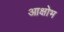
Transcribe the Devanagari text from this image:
आक्षोभ